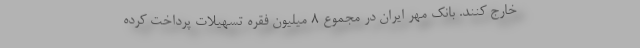
خارج کنند. بانک مهر ایران در مجموع 8 میلیون فقره تسهیلات پرداخت کرده